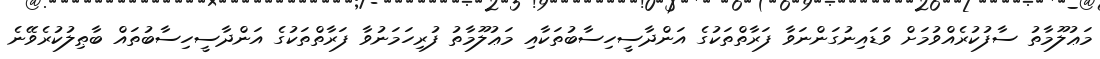
މަޢުލޫމާތު ސާފުކުރެއްވުމަށް ވަޑައިނުގަންނަވާ ފަރާތްތަކުގެ އަންދާސީހިސާބުތަކާއި މަޢުލޫމާތު ފުރިހަމަނުވާ ފަރާތްތަކުގެ އަންދާސީހިސާބުތައް ބާޠިލުކުރެވޭނެ